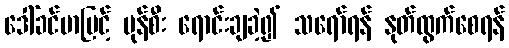
ဒေါ်ခင်မာမြင့် မုန်စီး ရောင်းချခဲ့၍ သရော်ရန် နုတ်ထွက်စေရန်